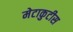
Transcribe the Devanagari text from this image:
मेटाकुटीस